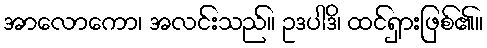
အာလောကော၊ အလင်းသည်။ ဥဒပါဒိ၊ ထင်ရှားဖြစ်၏။